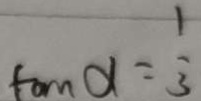
\tan \alpha = \frac { 1 } { 3 }